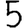
Digit: 5